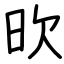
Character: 欥